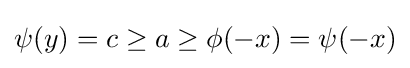
\psi (y)=c\geq a\geq \phi (-x)=\psi (-x)